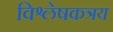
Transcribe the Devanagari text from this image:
विश्लेषकत्रय